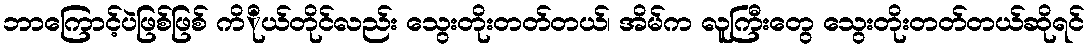
ဘာကြောင့်ပဲဖြစ်ဖြစ် ကိိုယ်တိုင်လည်း သွေးတိုးတတ်တယ်၊ အိမ်က လူကြီးတွေ သွေးတိုးတတ်တယ်ဆိုရင်